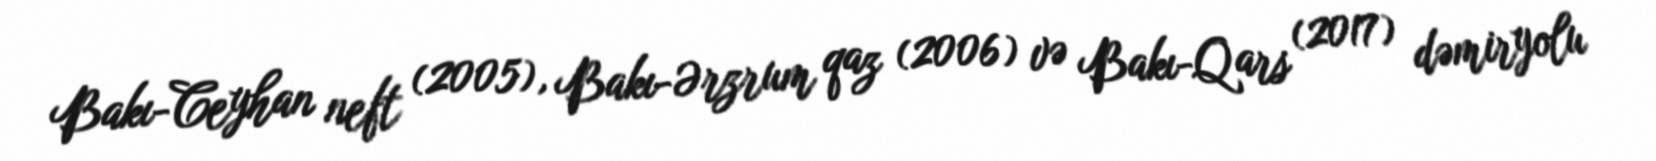
Bakı-Ceyhan neft (2005), Bakı-Ərzrum qaz (2006) və Bakı-Qars (2017) dəmiryolu